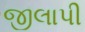
જીલાપી